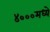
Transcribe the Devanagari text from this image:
४०००मध्ये